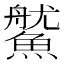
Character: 𩺔